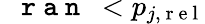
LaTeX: \mathrm{~\tt~{~r~a~n~}~}<p_{j,\mathrm{~r~e~l~}}